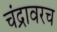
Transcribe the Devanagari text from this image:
चंद्रावरच